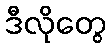
ဒီလိုတွေ